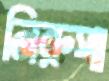
নিরুপা